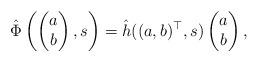
LaTeX: \begin{align*} \hat \Phi\left(\begin{pmatrix}a\\b\end{pmatrix},s\right) = \hat h((a,b)^\top,s) \begin{pmatrix}a\\b\end{pmatrix},\end{align*}